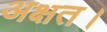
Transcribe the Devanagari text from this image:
अक्षत।